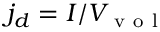
j _ { d } = I / V _ { \mathrm { ~ v ~ o ~ l ~ } }